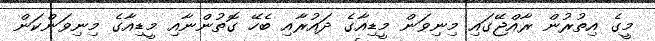
މީގެ އިތުރުން ރާއްޖޭގައި މިނިވަން މީޑިއާގެ ދައުރާއި ބެހޭ ގޮތުންނާއި މީޑިއާގެ މިނިވަންކަން